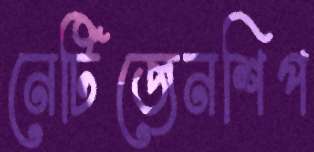
নেটিজেনশিপ